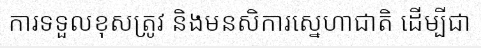
ការទទួលខុសត្រូវ និងមនសិការស្នេហាជាតិ ដើម្បីជា